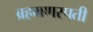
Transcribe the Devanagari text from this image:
ब्रहमणस्पती